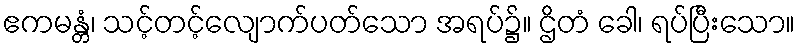
ဧကမန္တံ၊ သင့်တင့်လျောက်ပတ်သော အရပ်၌။ ဌိတံ ခေါ၊ ရပ်ပြီးသော။